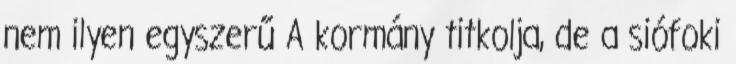
nem ilyen egyszerű A kormány titkolja, de a siófoki